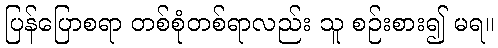
ပြန်ပြောစရာ တစ်စုံတစ်ရာလည်း သူ စဉ်းစား၍ မရ။